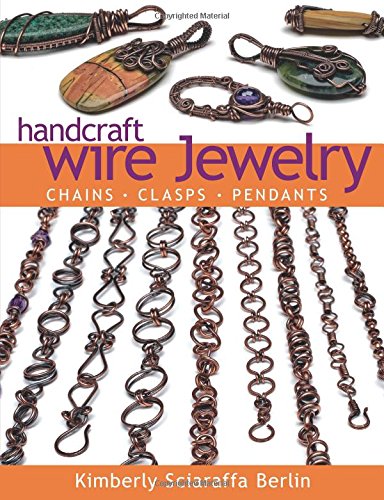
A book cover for Handcraft Wire Jewelry: ChainsE¢ClaspsE¢Pendants; Kimberly Sciaraffa Berlin; Crafts, Hobbies & Home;